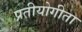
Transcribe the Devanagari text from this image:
प्रतीयोगीता